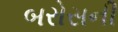
બરોસની